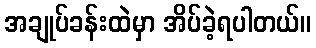
အချုပ်ခန်းထဲမှာ အိပ်ခဲ့ရပါတယ်။